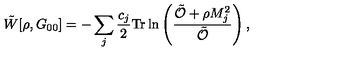
\tilde { W } [ \rho , G _ { 0 0 } ] = - \sum _ { j } \frac { c _ { j } } { 2 } \mathrm { T r } \ln \left( \frac { \tilde { \mathcal { O } } + \rho M _ { j } ^ { 2 } } { \tilde { \mathcal { O } } } \right) ,